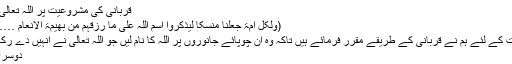
”
قربانی کی مشروعیت پر اللہ تعالیٰ نے فرمایا
(ولکل امۃ جعلنا منسکا لیذکروا اسم اللہ علی ما رزقہم من بھیمۃ الانعام ……الحج34)
"اور ہر امت کے لئے ہم نے قربانی کے طریقے مقرر فرمائے ہیں تاکہ وہ ان چوپائے جانوروں پر اللہ کا نام لیں جو اللہ تعالیٰ نے انہیں دے رکھے ہیں "_
دوسری جگہ ہے
(فصل لربک وانحر۔